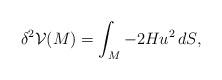
LaTeX: \begin{align*} \delta^2 \mathcal{V}(M) = \int_M -2Hu^2\, dS,\end{align*}